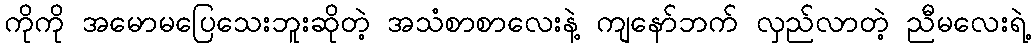
ကိုကို အမောမပြေသေးဘူးဆိုတဲ့ အသံစာစာလေးနဲ့ ကျနော်ဘက် လှည်လာတဲ့ ညီမလေးရဲ့